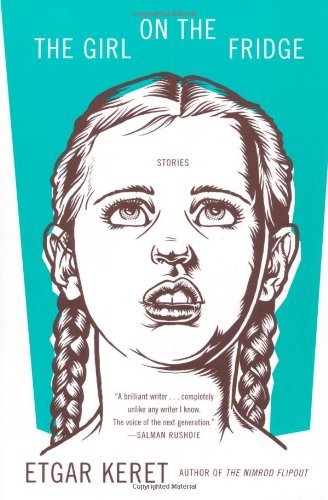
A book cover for The Girl on the Fridge: Stories; Etgar Keret; Literature & Fiction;